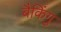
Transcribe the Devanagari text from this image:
बैकिंगु